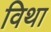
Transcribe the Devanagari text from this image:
विथा